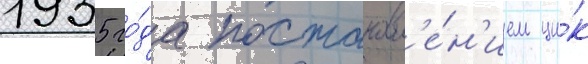
1935 го́да постановл'е́н'ием ци́к